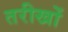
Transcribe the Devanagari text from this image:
तरीखों